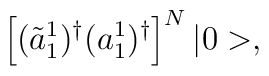
\left[ (\tilde{a}^1_1)^\dagger(a^1_1)^\dagger\right]^{N} |0>,